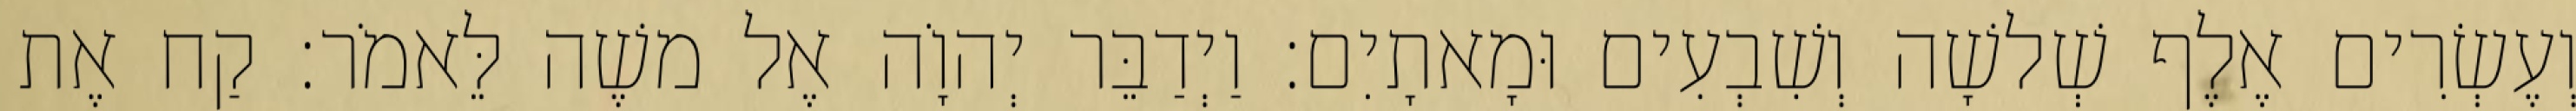
וְעֶשְׂרִים אֶלֶף שְׁלשָׁה וְשִׁבְעִים וּמָאתָיִם׃ וַיְדַבֵּר יְהוָֹה אֶל משֶׁה לֵּאמֹר׃ קַח אֶת